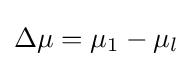
\Delta \mu =\mu _{1}-\mu _{l}